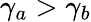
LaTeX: \gamma_{a}>\gamma_{b}